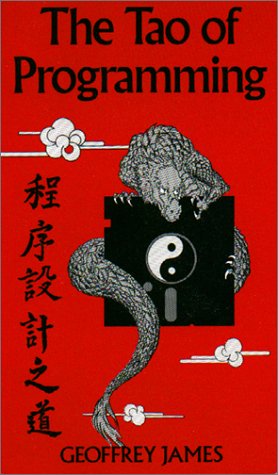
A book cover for The Tao of Programming; Geoffrey James; Humor & Entertainment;